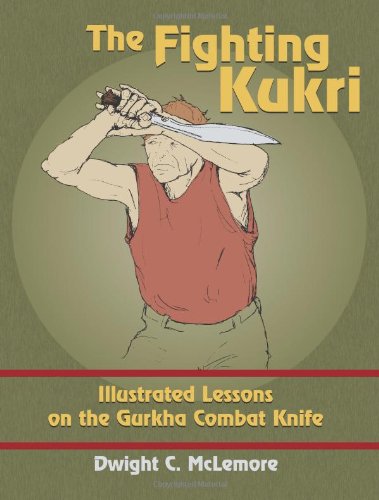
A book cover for The Fighting Kukri: Illustrated Lessons on the Gurkha Combat Knife; Dwight McLemore; History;